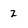
Character: 2